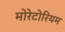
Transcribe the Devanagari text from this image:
मोरेटोरियम